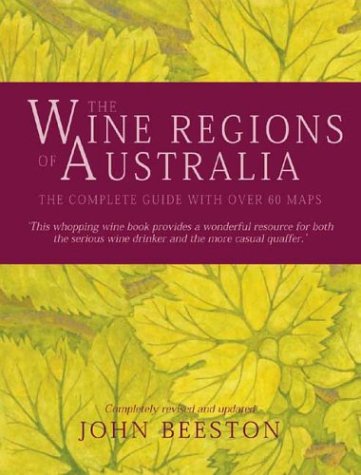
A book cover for The Wine Regions of Australia: The Complete Guide; John Beeston; Cookbooks, Food & Wine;